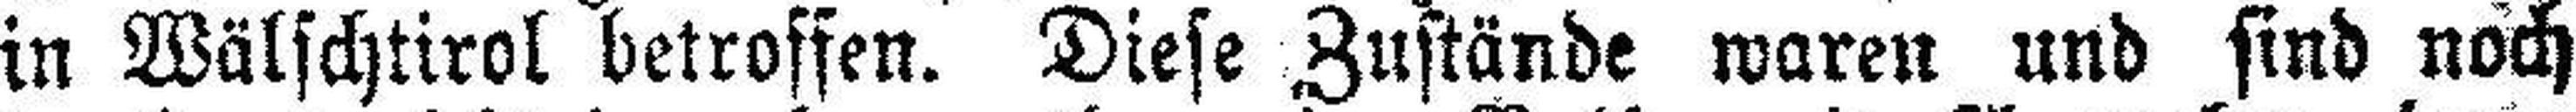
in Wälschtirol betroffen. Diese Zustände waren und sind noch